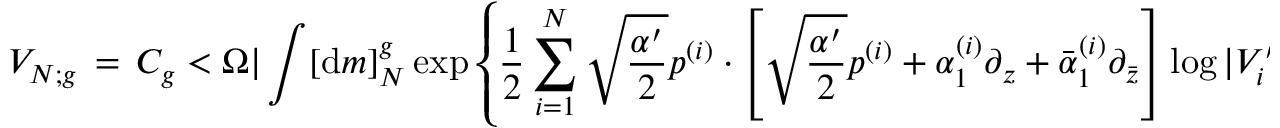
{ \cal V } _ { N ; g } \, = \, { \cal C } _ { g } < \Omega | \int [ { \mathrm { d } } m ] _ { N } ^ { g } \exp \left\{ \frac { 1 } { 2 } \sum _ { i = 1 } ^ { N } \sqrt { \frac { \alpha ^ { \prime } } { 2 } } p ^ { ( i ) } \cdot \left. \! \left[ \sqrt { \frac { \alpha ^ { \prime } } { 2 } } p ^ { ( i ) } + { \alpha } _ { 1 } ^ { ( i ) } \partial _ { z } + \bar { \alpha } _ { 1 } ^ { ( i ) } \partial _ { \bar { z } } \right] \log | V _ { i } ^ { \prime } ( z ) | ^ { 2 } \right| _ { z = 0 } \right\}